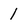
Character: 1